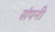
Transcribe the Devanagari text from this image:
संपनी